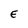
Character: E